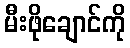
မီးဖိုချောင်ကို